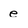
Character: e